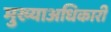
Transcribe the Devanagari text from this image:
मुख्याअधिकारी